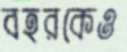
বহরকেও